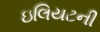
ઇલિયટની